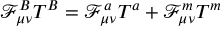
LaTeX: \mathcal { F } _ { \mu \nu } ^ { B } T ^ { B } = \mathcal { F } _ { \mu \nu } ^ { a } T ^ { a } + \mathcal { F } _ { \mu \nu } ^ { m } T ^ { m }